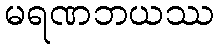
မရဏဘယဿ